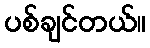
ပစ်ချင်တယ်။